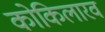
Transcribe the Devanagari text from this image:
कोकिलारव